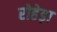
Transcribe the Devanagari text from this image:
रोहेड़ा